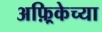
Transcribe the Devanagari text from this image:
अफ़्रिकेच्या